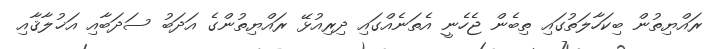
ރައްޔިތުން ބިކަހާލަތުގައި ތިބެން ޖެހެނީ އެތަނެއްގައި ދިރިއުޅޭ ރައްޔިތުންގެ އަދަބު ސަދަބާއި އަޚުލާޤާއި